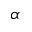
\alpha